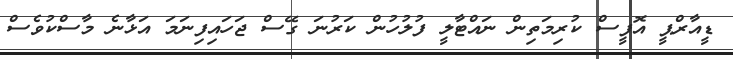
ޑީއާރްޕީ އޮފީސް ކުރިމަތިން ނައްޓާލީ ފުލުހުން ކަރުނަ ގޭސް ޖަހައިފިނަމަ އަޅާނެ މާސްކުވެސް